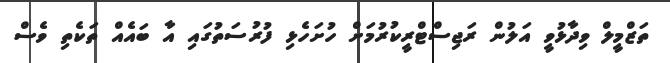
ތަޒްމީލް ވިދާޅުވީ އަލުން ރަޖިސްޓްރީކުރުމަށް ހުށަހެޅި ފުރުސަތުގައި އާ ބައެއް ތަކެތި ވެސް